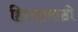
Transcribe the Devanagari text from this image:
हिश्यासाठी